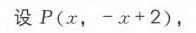
设\(P(x,-x + 2)\)，